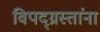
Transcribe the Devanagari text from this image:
विपद्‌ग्रस्तांना